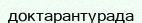
доктарантурада